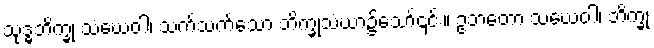
သုဒ္ဓဘိက္ခု သံဃေဝါ၊ သက်သက်သော ဘိက္ခုသံဃာ၌သော်၎င်း။ ဥဘတော သံဃေဝါ၊ ဘိက္ခု